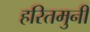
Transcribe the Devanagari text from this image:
हरितमुनी